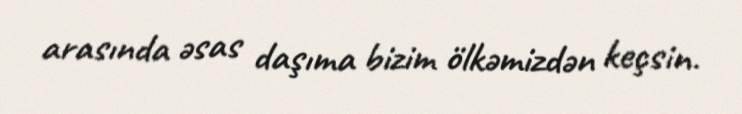
arasında əsas daşıma bizim ölkəmizdən keçsin.